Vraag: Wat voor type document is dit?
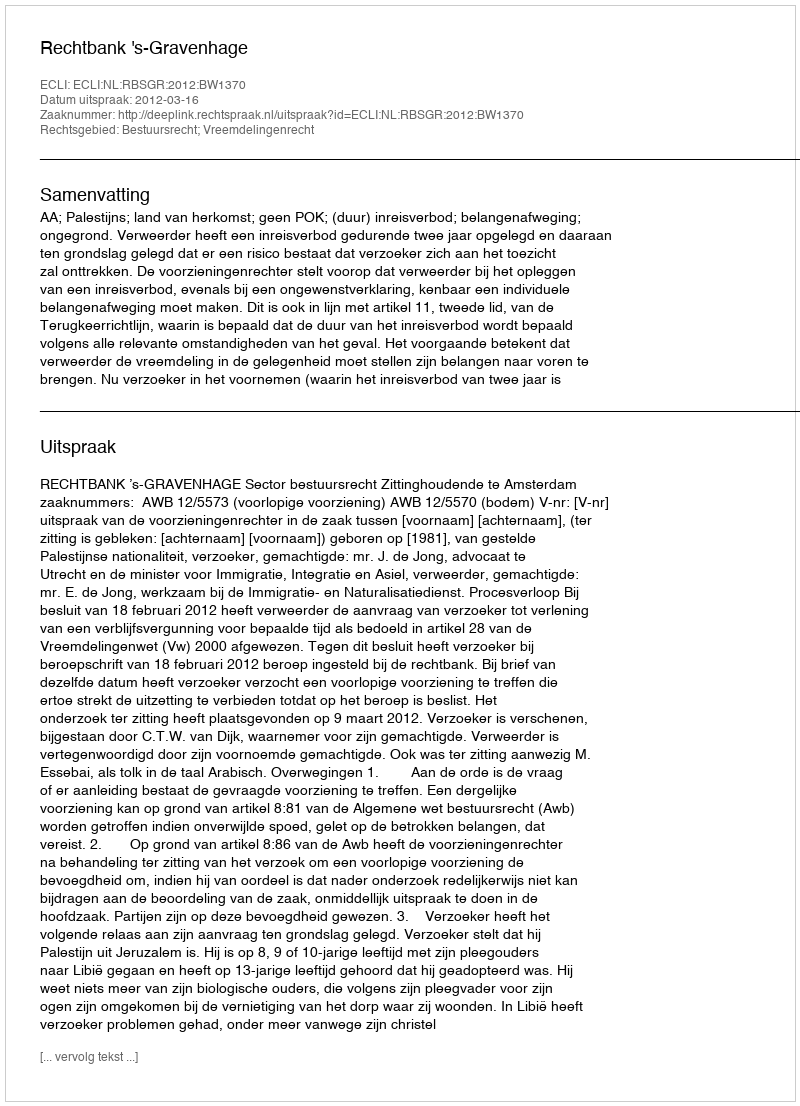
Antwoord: Uitspraak